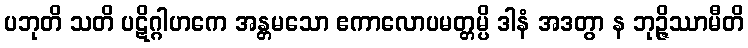
ပဘုတိ သတိ ပဋိဂ္ဂါဟကေ အန္တမသော ဧကာလောပမတ္တမ္ပိ ဒါနံ အဒတွာ န ဘုဉ္ဇိဿာမီတိ